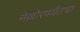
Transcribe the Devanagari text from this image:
नेल्लोरपर्यंतचा